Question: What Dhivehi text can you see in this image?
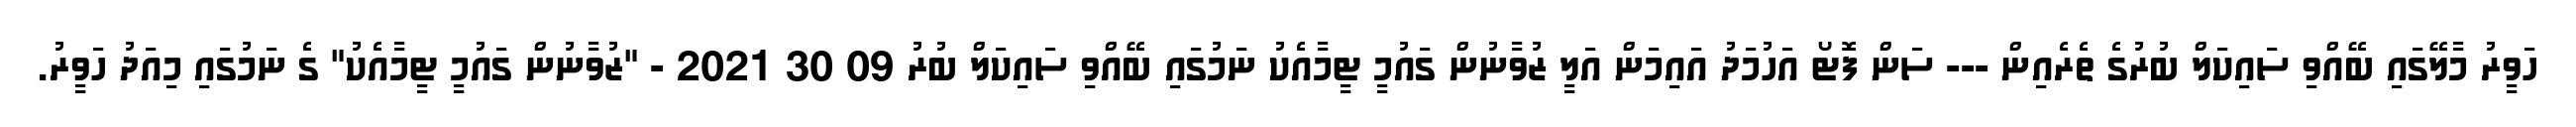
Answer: ހަވީރު މާލޭގައި ބޭއްވި ސައިކަލް ބުރުގެ ތެރެއިން --- ސަން ފޮޓޯ އަހުމަދު އައިމަން އަލީ ޒުވާނުން ގައުމީ ޓީމާއެކު ނަމުގައި ބޭއްވި ސައިކަލް ބުރު 09 30 2021 - "ޒުވާނުން ގައުމީ ޓީމާއެކު" ގެ ނަމުގައި މިއަދު ހަވީރު.